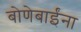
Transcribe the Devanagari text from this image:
बोणेबाईंना